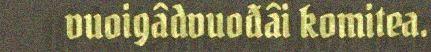
vuoigâdvuođâi komitea.